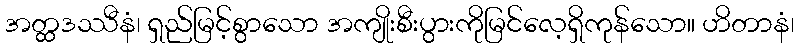
အတ္ထဒဿီနံ၊ ရှည်မြင့်စွာသော အကျိုးစီးပွားကိုမြင်လေ့ရှိကုန်သော။ ဟိတာနံ၊